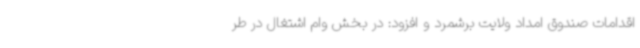
اقدامات صندوق امداد ولایت برشمرد و افزود: در بخش وام اشتغال در طر